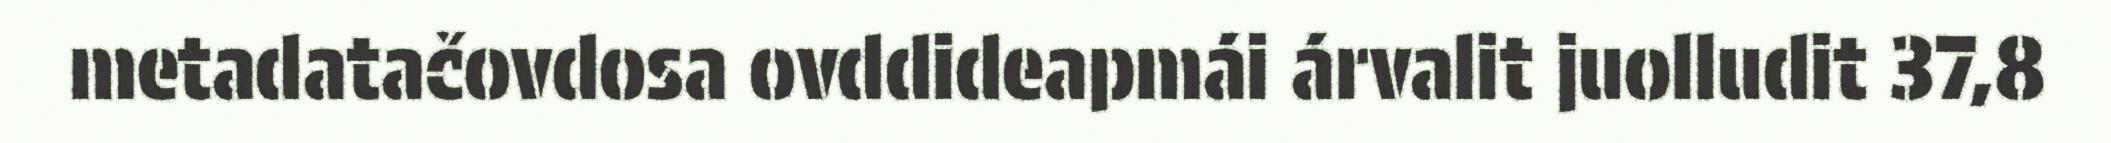
metadatačovdosa ovddideapmái árvalit juolludit 37,8